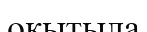
оқытыла